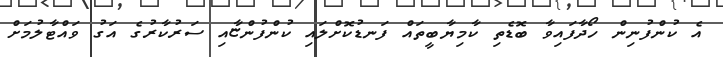
އެ ކުންފުނިން ހޯދާފައިވާ ބޮޑެތި ކާމިޔާބީތައް ފަނޑުކޮށްލައި ކުންފުންޏާއި ސަރުކާރުގެ އަގު ވައްޓާލުމަށް